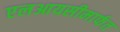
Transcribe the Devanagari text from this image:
एलआयसीमार्फत